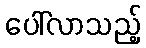
ပေါ်လာသည့်